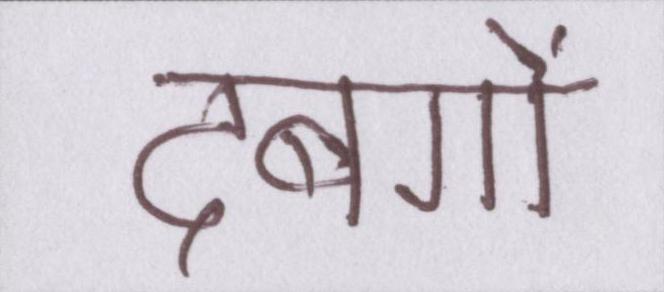
दबंगों